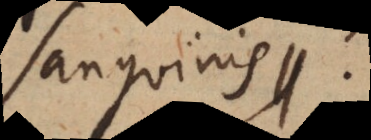
sanguinis.